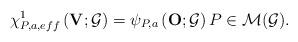
LaTeX: \begin{align*}\chi _{P,a,eff}^{1}\left( \mathbf{V};\mathcal{G}\right) =\psi _{P,a}\left( \mathbf{O};\mathcal{G}\right) P\in\mathcal{M}(\mathcal{G}).\end{align*}